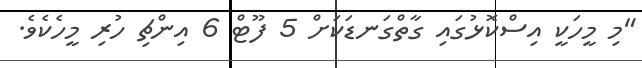
"މި މީހަކީ އިސްކޮޅުގައި ގާތްގަނޑަކަށް 5 ފޫޓް 6 އިންޗި ހުރި މީހެކެވެ.